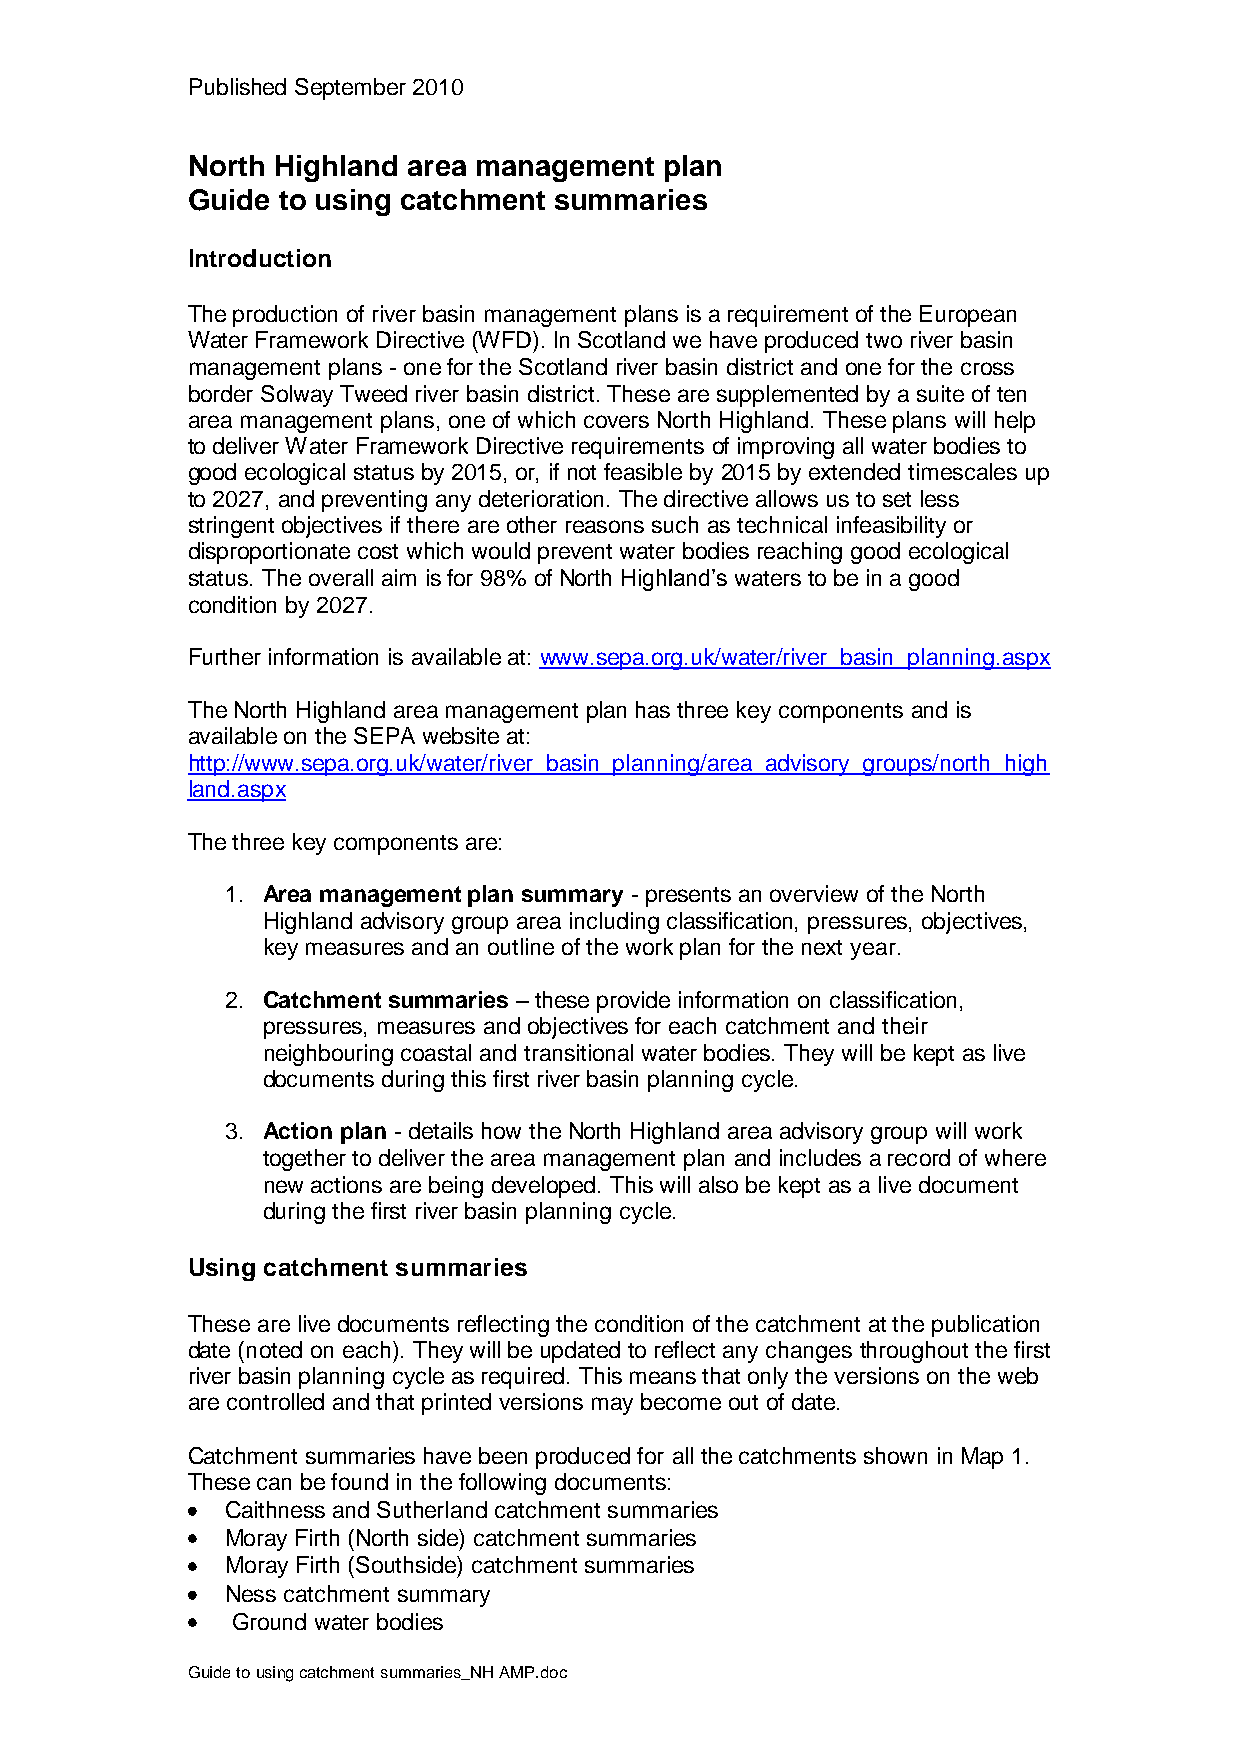
Published September 2010
 North Highland area management  plan
 Guide to using catchment summaries
 Introduction
 The production of river basin management plans is a requirement of the European
 Water Framework Directive (WFD). In Scotland we have produced two river basin
 management plans - one for the Scotland river basin district and one for the cross
 border Solway Tweed river basin district. These are supplemented by a suite of ten
 area management plans, one of which covers North Highland. These plans will help
 to deliver Water Framework Directive requirements of improving all water bodies to
 good ecological status by 2015, or, if not feasible by 2015 by extended timescales up
 to 2027, and preventing any deterioration. The directive allows us to set less
 stringent objectives if there are other reasons such as technical infeasibility or
 disproportionate cost which would prevent water bodies reaching good ecological
 status. The overall aim is for 98% of North Highland’s waters to be in a good
 condition by 2027.
 Further information is available at: www.sepa.org.uk/water/river_basin_planning.aspx
 The North Highland area management plan has three key components and is
 available on the SEPA website at:
 http://www.sepa.org.uk/water/river_basin_planning/area_advisory_groups/north_high
 land.aspx
 The three key components are:
 1. Area management plan summary - presents an overview of the North
 Highland advisory group area including classification, pressures, objectives,
 key measures and an outline of the work plan for the next year.
 2. Catchment summaries – these provide information on classification,
 pressures, measures and objectives for each catchment and their
 neighbouring coastal and transitional water bodies. They will be kept as live
 documents during this first river basin planning cycle.
 3. Action plan - details how the North Highland area advisory group will work
 together to deliver the area management plan and includes a record of where
 new actions are being developed. This will also be kept as a live document
 during the first river basin planning cycle.
 Using catchment summaries
 These are live documents reflecting the condition of the catchment at the publication
 date (noted on each). They will be updated to reflect any changes throughout the first
 river basin planning cycle as required. This means that only the versions on the web
 are controlled and that printed versions may become out of date.
 Catchment summaries have been produced for all the catchments shown in Map 1.
 These can be found in the following documents:
 Caithness and Sutherland catchment summaries
 Moray Firth (North side) catchment summaries
 Moray Firth (Southside) catchment summaries
 Ness catchment summary
 Ground water bodies
 Guide to using catchment summaries_NH AMP.doc